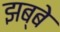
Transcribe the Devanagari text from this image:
झब्बे